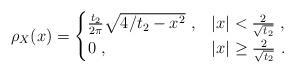
LaTeX: \begin{align*}\rho_X(x)=\begin{cases}\frac{t_2}{2\pi }\sqrt{4/t_2-x^2}\ , &|x|<\frac{2}{\sqrt{t_2}}\ ,\\0\ ,&|x|\geq \frac{2}{\sqrt{t_2}}\ .\end{cases}\end{align*}